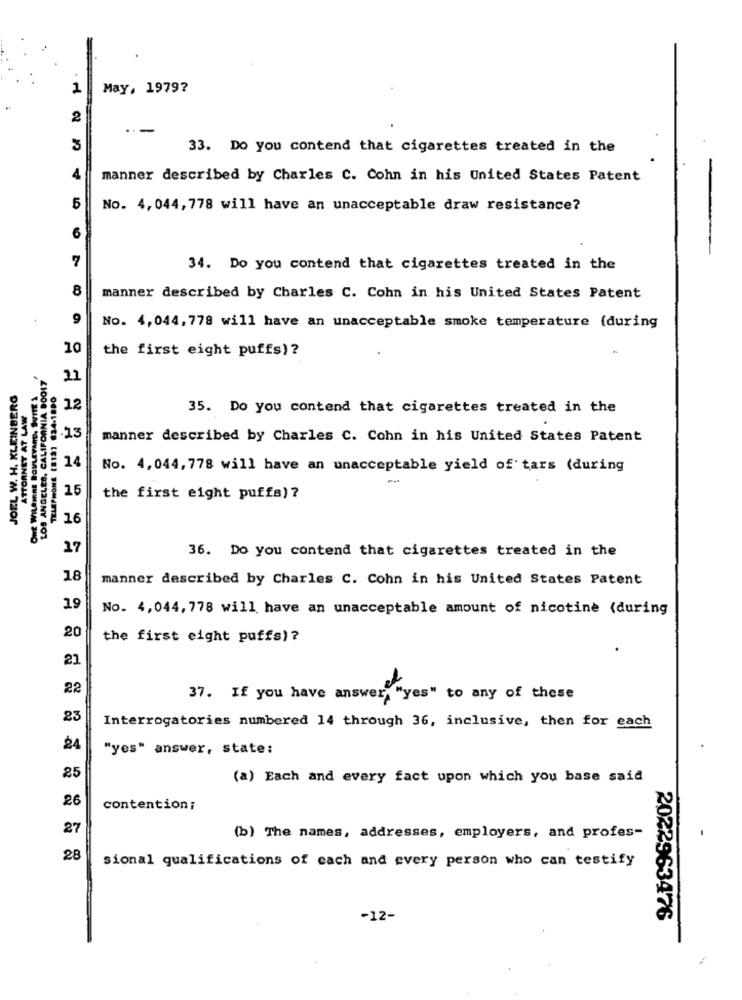
2
May, 1979?
2
33. Do you contend that cigarettes treated in the
A
manner described by Charles C. Cohn in his United States Patent
5
No. 4,044, 778 will have an unacceptable draw resistance?
6
7
34. Do you contend that cigarettes treated in the
8
manner described by Charles C. Cohn in his United States Patent
9
No. 4,044,778 will have an unacceptable smoke temperature (during
10
the first eight puffs)?
ONE WILSHIRE BOULEVARD, SUITE
LOS ANGELES, CALIFORNIA BOOL7
21
JOEL W. H. KLEINBERG
B. CALIFORNIA
TELEPHONE (212) 624-1890
ATTORNEY AT LAW
12
35. Do you contend that cigarettes treated in the
.13
manner described by Charles C. Cohn in his United States Patent
14
No. 4,044, 778 will have an unacceptable yield of' tars (during
ANGEL
15
the first eight puffs) ?
16
17
36. Do you contend that cigarettes treated in the
18
manner described by Charles C. Cohn in his United States Patent
19
No. 4,044, 778 will have an unacceptable amount of nicotine (during
20
the first eight puffs) ?
21
22
37. If you have answer, "yes" to any of these
23
Interrogatories numbered 14 through 36, inclusive, then for each
"yes" answer, state:
25
(a) Each and every fact upon which you base said
26
contention ;
27
(b) The names, addresses, employers, and profes-
28
sional qualifications of each and every person who can testify
-12-
2022963476